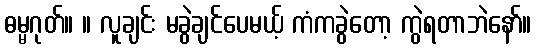
ဓမ္မဂုတ်။ ။ လူချင်း မခွဲချင်ပေမယ့် ကံကခွဲတော့ ကွဲရတာဘဲနော်။